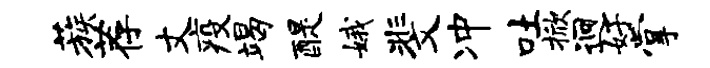
蔟荐丈疫竭醍娥斐冲吐掀迥好掌